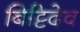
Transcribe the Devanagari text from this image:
बिट्टिदेव